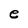
Character: e